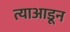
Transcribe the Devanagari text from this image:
त्याआडून